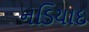
નડિયાદ